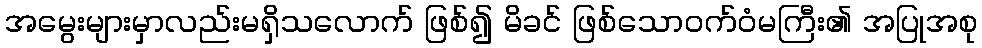
အမွေးများမှာလည်းမရှိသလောက် ဖြစ်၍ မိခင် ဖြစ်သောဝက်ဝံမကြီး၏ အပြုအစု